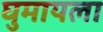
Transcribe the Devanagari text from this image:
घुमायला